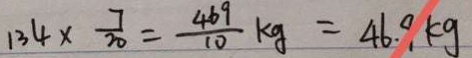
1 3 4 \times \frac { 7 } { 2 0 } = \frac { 4 6 9 } { 1 0 } k g = 4 6 . 9 k g